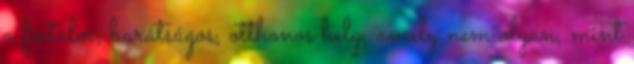
a fiatalos, barátságos, otthonos hely, amely nem olyan, mint